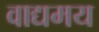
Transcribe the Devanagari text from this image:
वाद्यमय